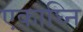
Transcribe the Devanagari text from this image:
एकाघ्नि